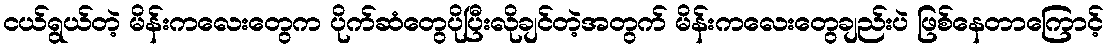
ငယ်ရွယ်တဲ့ မိန်းကလေးတွေက ပိုက်ဆံတွေပိုပြီးလိုချင်တဲ့အတွက် မိန်းကလေးတွေချည်းပဲ ဖြစ်နေတာကြောင့်